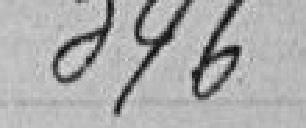
346